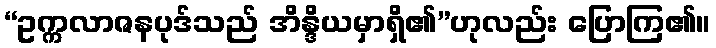
“ဥက္ကလာဇနပုဒ်သည် အိန္ဒိယမှာရှိ၏”ဟုလည်း ပြောကြ၏။